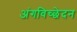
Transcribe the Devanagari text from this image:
अंगविच्छेदन